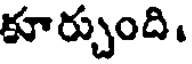
కూర్చుంది.